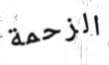
الزحمة